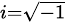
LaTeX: \scriptstyle{i={\sqrt{-1}}}